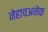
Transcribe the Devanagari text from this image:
नेहाचअनेक